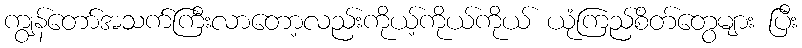
ကျွန်တော်အသက်ကြီးလာတော့လည်းကိုယ့်ကိုယ်ကိုယ် ယုံကြည်စိတ်တွေများ ပြီး